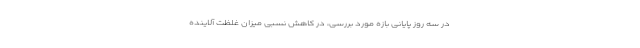
در سه روز پایانی بازه مورد بررسی، در کاهش نسبی میزان غلظت آلاینده